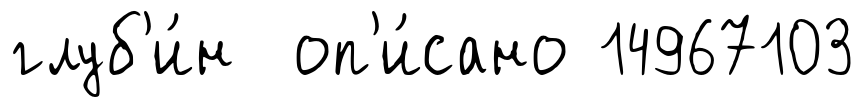
глуб'и́н оп'и́сано 14967103